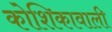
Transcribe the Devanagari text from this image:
कोशिकावाली